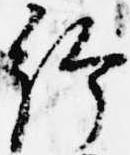
給